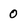
Character: 0